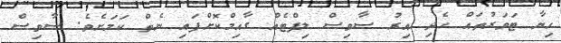
ހިޔާ ޓަވަރުތައް ހެދި އިރު ސާވިސް ލިފްޓެއް ގާއިމްކޮށްފައި ނެތް ކަމަށެވެ. ސާވިސް